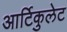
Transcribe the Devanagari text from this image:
आर्टिकुलेट